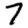
Digit: 7